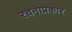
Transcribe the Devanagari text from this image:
रचनाप्रकार